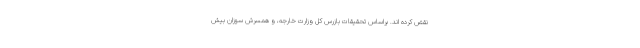
نقض کرده اند. براساس تحقیقات بازرس کل وزارت خارجه، و همسرش سوزان بیش